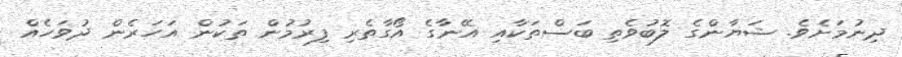
ދިނުމަށެވެ. ޝަޔާންގެ ލޮބުވެތި ބަސްތަކާއި އޭނާގެ އޯގާތެރި ފިރުމުން ތަކުން އަހަރެން ދުވަހެއް